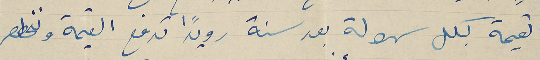
القيمة بكل سهولة بعد سنة رويدًا تدفع القيمة ونخطصر